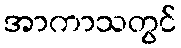
အာကာသတွင်